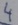
Text: 4